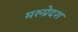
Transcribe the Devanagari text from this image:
मरुप्रेदश